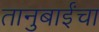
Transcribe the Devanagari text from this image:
तानुबाईंचा